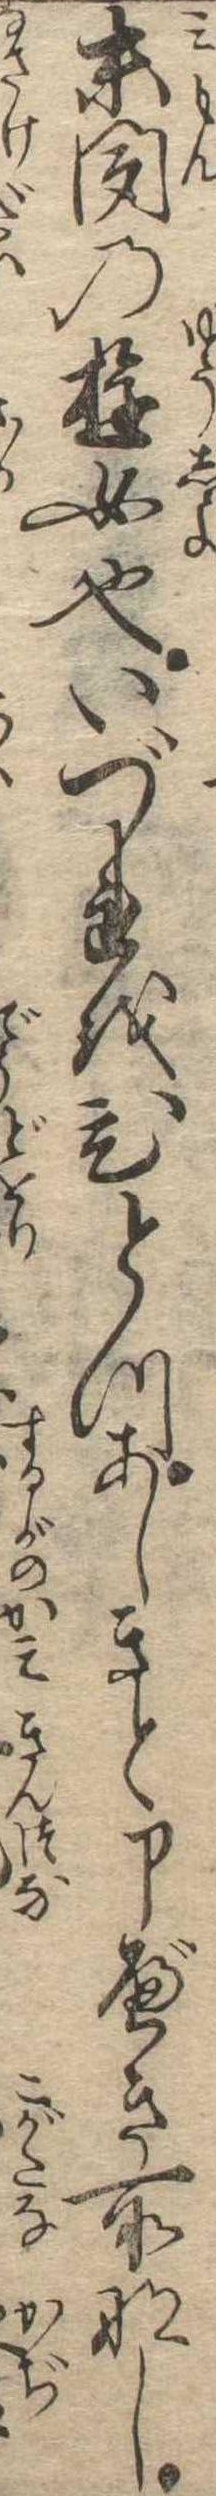
未聞の遊女也いづれをひとつあしきと申べき所なし